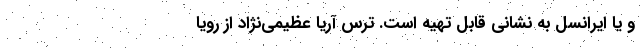
و یا ایرانسل به نشانی قابل تهیه است. ترس آریا عظیمی‌نژاد از رویا